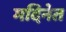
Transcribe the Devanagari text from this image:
मदिनेत